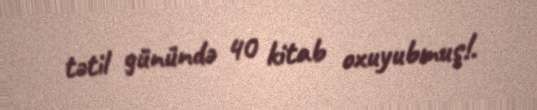
tətil günündə 40 kitab oxuyubmuş!.